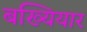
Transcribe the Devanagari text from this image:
बख्यियार